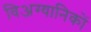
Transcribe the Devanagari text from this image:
विअग्यानिकों